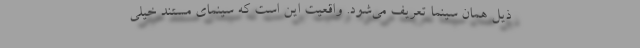
ذیل همان سینما تعریف می‌شود. واقعیت این است که سینمای مستند خیلی